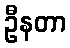
ဦနတာ